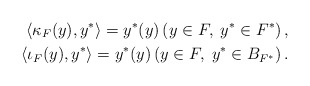
\begin{align*}\left\langle \kappa_F(y),y^*\right\rangle=y^*(y)\left(y\in F,\; y^*\in F^*\right),\\\left\langle \iota_F(y),y^*\right\rangle =y^*(y)\left(y\in F,\; y^*\in B_{F^*}\right).\end{align*}